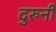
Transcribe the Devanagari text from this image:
दुरुनी